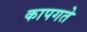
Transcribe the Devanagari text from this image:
कापगते